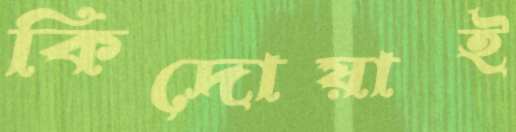
কিদোয়াই